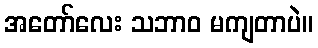
အတော်လေး သဘာဝ မကျတာပဲ။